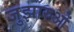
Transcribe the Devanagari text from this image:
जुझारुओं